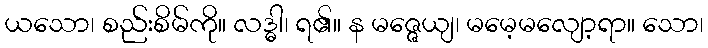
ယသော၊ စည်းစိမ်ကို။ လဒ္ဓါ၊ ရ၏။ န မဇ္ဇေယျ၊ မမေ့မလျော့ရာ။ သော၊